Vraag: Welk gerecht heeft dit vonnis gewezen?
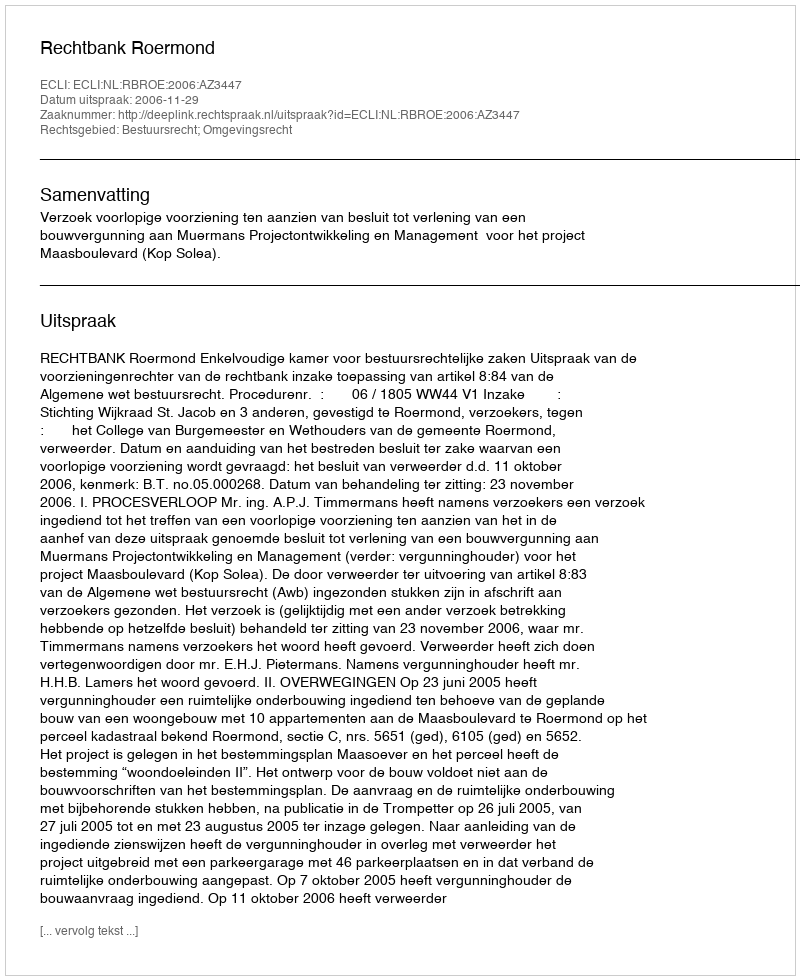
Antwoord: Rechtbank Roermond